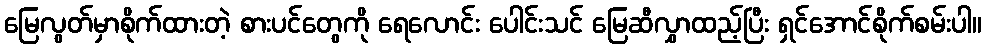
မြေလွတ်မှာစိုက်ထားတဲ့ စားပင်တွေကို ရေလောင်း ပေါင်းသင် မြေဆီလွှာထည့်ပြီး ရှင်အောင်စိုက်စမ်းပါ။